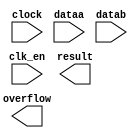
module float_add_sub (
	clk_en,
	clock,
	dataa,
	datab,
	overflow,
	result)/* synthesis synthesis_clearbox = 1 */;

	input	  clk_en;
	input	  clock;
	input	[31:0]  dataa;
	input	[31:0]  datab;
	output	  overflow;
	output	[31:0]  result;

endmodule